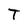
Character: T